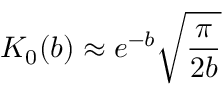
K _ { 0 } ( b ) \approx e ^ { - b } \sqrt { \frac { \pi } { 2 b } }